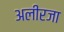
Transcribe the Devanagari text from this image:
अलीरजा